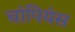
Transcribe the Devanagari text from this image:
चांपियंस